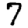
Digit: 7